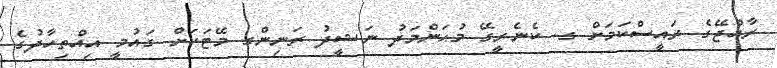
ރާއްޖޭގެ ރައީސްކަމަށް ގ. ކެނެރީގޭ މުޙަންމަދު ނަޝީދު ރަނިންގ މޭޓަކަށް ގައުމީ އިއްތިހާދުގެ